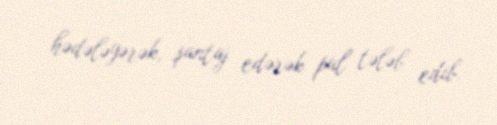
hədələyərək, şantaj edərək pul tələb edib.